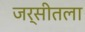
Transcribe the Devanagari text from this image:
जर्सीतला